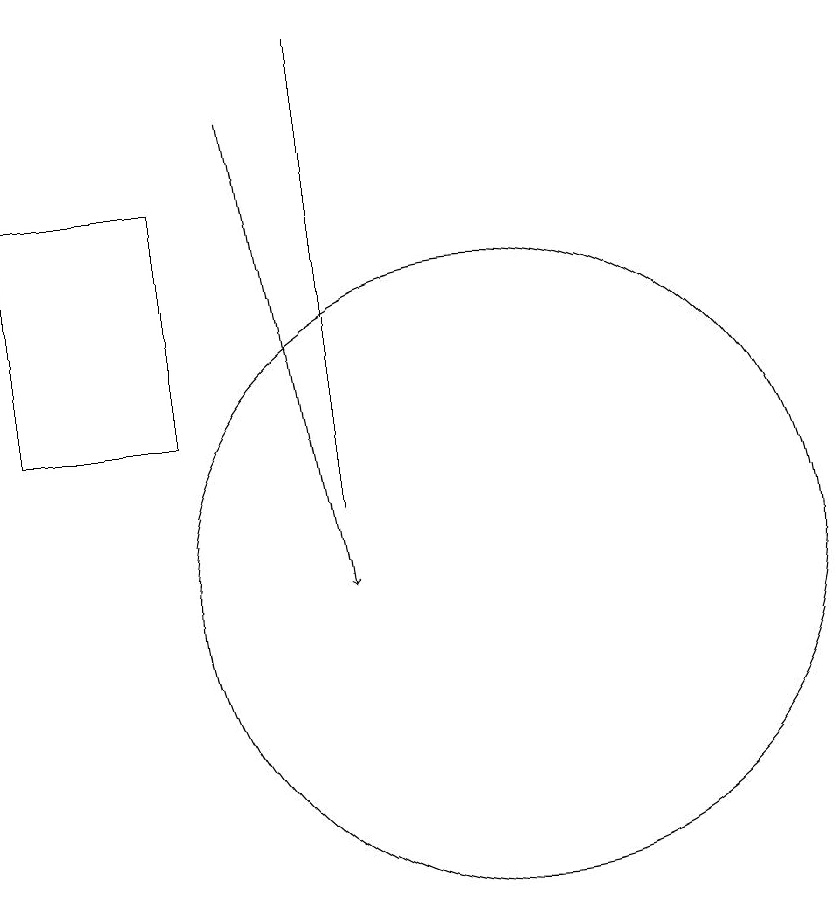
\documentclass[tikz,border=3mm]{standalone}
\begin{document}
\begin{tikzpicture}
\draw (11,10) circle (4);
\draw (9,11) rectangle (9,17);
\draw (5,12) rectangle (7,15);
\draw[->] (8,16) -- (9,10);
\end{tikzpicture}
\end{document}